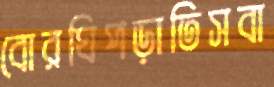
বোরঘিপড়াতিসবা